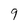
Character: 9